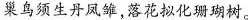
巢鸟须生丹凤雏，落花拟化珊瑚树。